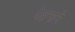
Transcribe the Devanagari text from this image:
पेहनाने